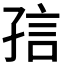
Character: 𡥪